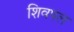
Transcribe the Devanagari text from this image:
शिवपल